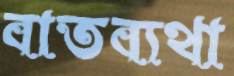
বাতব্যথা